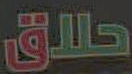
حلاق